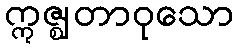
ဣဇ္ဈတာဝုသော